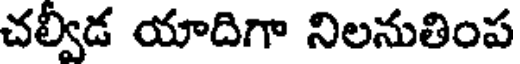
చల్వీడ యాదిగా నిలనుతింప